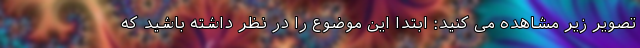
تصویر زیر مشاهده می کنید: ابتدا این موضوع را در نظر داشته باشید که